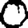
Digit: 0